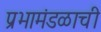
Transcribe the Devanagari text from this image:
प्रभामंडळाची